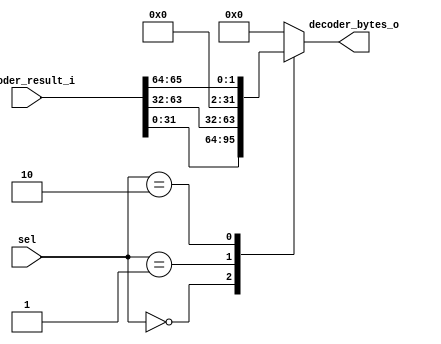
module mos_la_interface (
`ifdef USE_POWER_PINS
    inout vdd,		// User area 5.0V supply
    inout vss,		// User area ground
`endif
    input [65:0] decoder_result_i,
    input [1:0] sel,
    output reg [31:0] decoder_bytes_o
);

    always @(*) begin
        case (sel)
            2'b00: decoder_bytes_o <= decoder_result_i[31:0];
            2'b01: decoder_bytes_o <= decoder_result_i[63:32];
            2'b10: decoder_bytes_o <= {{30{1'b0}}, decoder_result_i[65:64]};
            default: decoder_bytes_o <= 'h0; 
        endcase
    end
endmodule